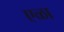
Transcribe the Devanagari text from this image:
एळा